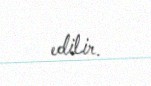
edilir.